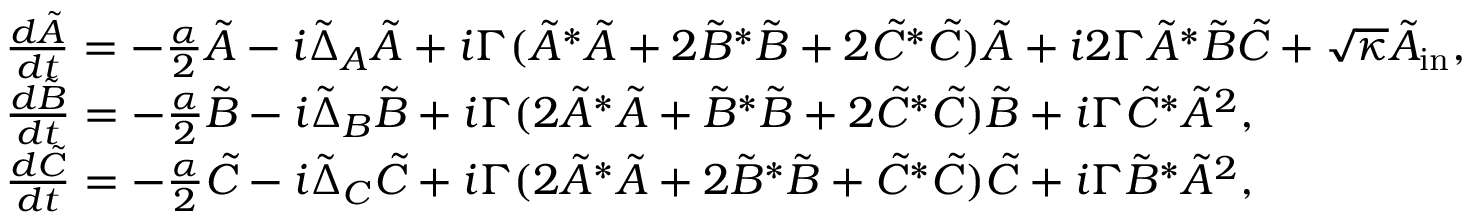
\begin{array} { r l } & { \frac { d \tilde { A } } { d t } = - \frac { \alpha } { 2 } \tilde { A } - i \tilde { \Delta } _ { A } \tilde { A } + i \Gamma ( \tilde { A } ^ { \ast } \tilde { A } + 2 \tilde { B } ^ { \ast } \tilde { B } + 2 \tilde { C } ^ { \ast } \tilde { C } ) \tilde { A } + i 2 \Gamma \tilde { A } ^ { \ast } \tilde { B } \tilde { C } + \sqrt { \kappa } \tilde { A } _ { \mathrm { i n } } , } \\ & { \frac { d \tilde { B } } { d t } = - \frac { \alpha } { 2 } \tilde { B } - i \tilde { \Delta } _ { B } \tilde { B } + i \Gamma ( 2 \tilde { A } ^ { \ast } \tilde { A } + \tilde { B } ^ { \ast } \tilde { B } + 2 \tilde { C } ^ { \ast } \tilde { C } ) \tilde { B } + i \Gamma \tilde { C } ^ { \ast } \tilde { A } ^ { 2 } , } \\ & { \frac { d \tilde { C } } { d t } = - \frac { \alpha } { 2 } \tilde { C } - i \tilde { \Delta } _ { C } \tilde { C } + i \Gamma ( 2 \tilde { A } ^ { \ast } \tilde { A } + 2 \tilde { B } ^ { \ast } \tilde { B } + \tilde { C } ^ { \ast } \tilde { C } ) \tilde { C } + i \Gamma \tilde { B } ^ { \ast } \tilde { A } ^ { 2 } , } \end{array}